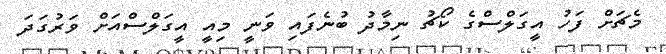
މެޗަށް ފަހު އީގަލްސްގެ ކޯޗު ނިމާދު ބުނެފައި ވަނީ މިއީ އީގަލްސްއަށް ވަރުގަދަ